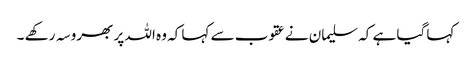
کہا گیا ہے کہ سلیمان نے عقوب سے کہا کہ وہ اللہ پر بھروسہ رکھے ۔